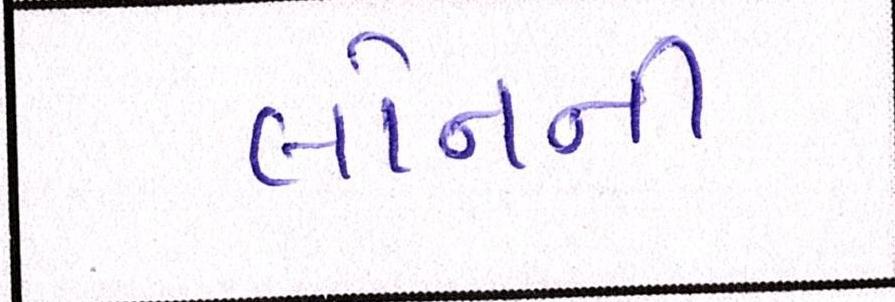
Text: લોનની